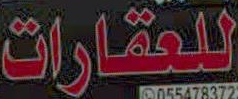
للعقارات